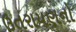
ઉતરાયણનો